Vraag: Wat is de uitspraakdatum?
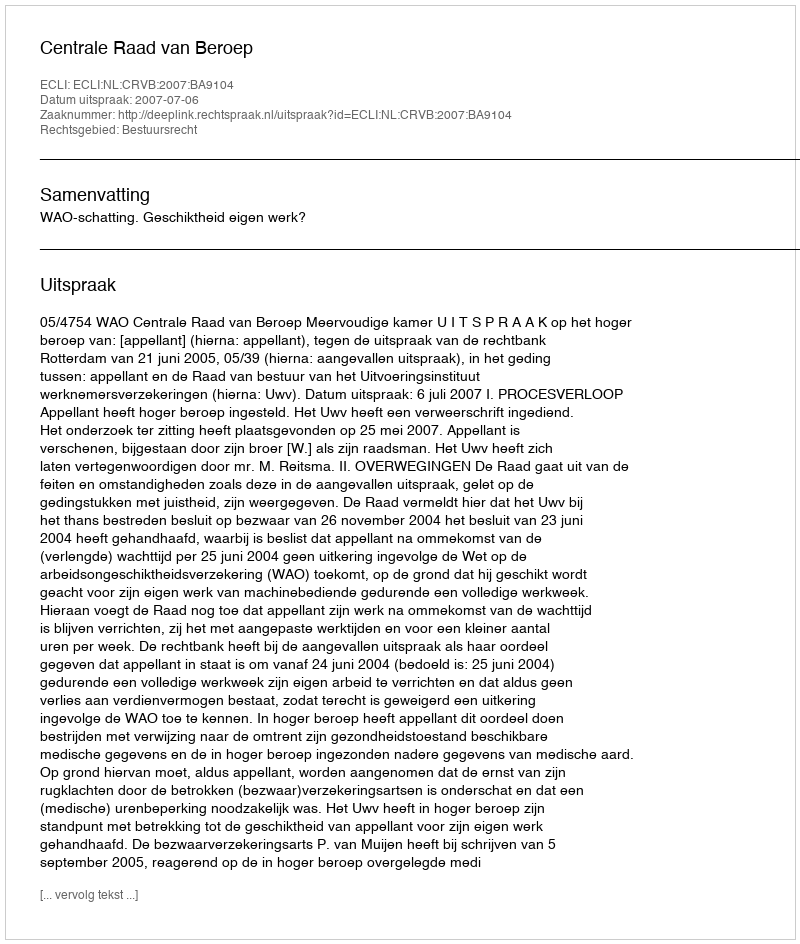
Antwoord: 2007-07-06